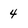
Character: 4